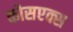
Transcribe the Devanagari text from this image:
कोसएक्स